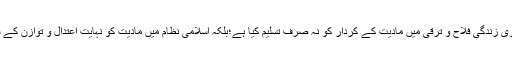
اسلام نے انسان کی دنیوی زندگی فلاح و ترقی میں مادیت کے کردار کو نہ صرف تسلیم کیا ہے؛بلکہ اسلامی نظام میں مادیت کو نہایت اعتدال و توازن کے ساتھ جگہ بھی دی ہے۔